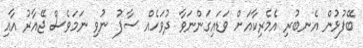
ބޭފުޅުން އެނބުރި އެމެރިކާއަށް ވަޑައިގަންނަވާ ދުވަހެއް ސާފު ނުވި ނަމަވެސް ޖޭއާރު އާއި